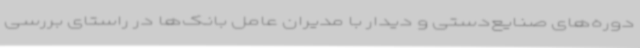
دوره‌های صنایع‌دستی و دیدار با مدیران عامل بانک‌ها در راستای بررسی